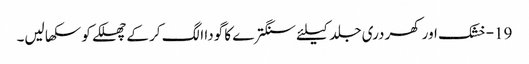
19-خشک اور کھردری جلد کیلئے سنگترے کا گودا الگ کر کے چھلکے کو سکھا لیں۔